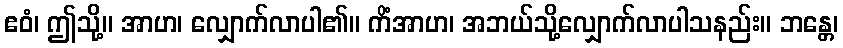
ဧဝံ၊ ဤသို့။ အာဟ၊ လျှောက်လာပါ၏။ ကိံအာဟ၊ အဘယ်သို့လျှောက်လာပါသနည်း။ ဘန္တေ၊